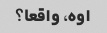
اوه، واقعا؟